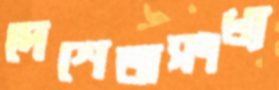
দেশেঅসংখ্য